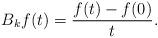
LaTeX: \begin{align*}B_k f(t)= \dfrac{f(t) - f(0)}{t}.\end{align*}